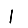
Digit: 1